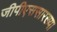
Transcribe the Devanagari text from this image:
जीपीएससारख्या